Mental hospitals Bombay report 1921-28 - 1921-1928
Year: 1921
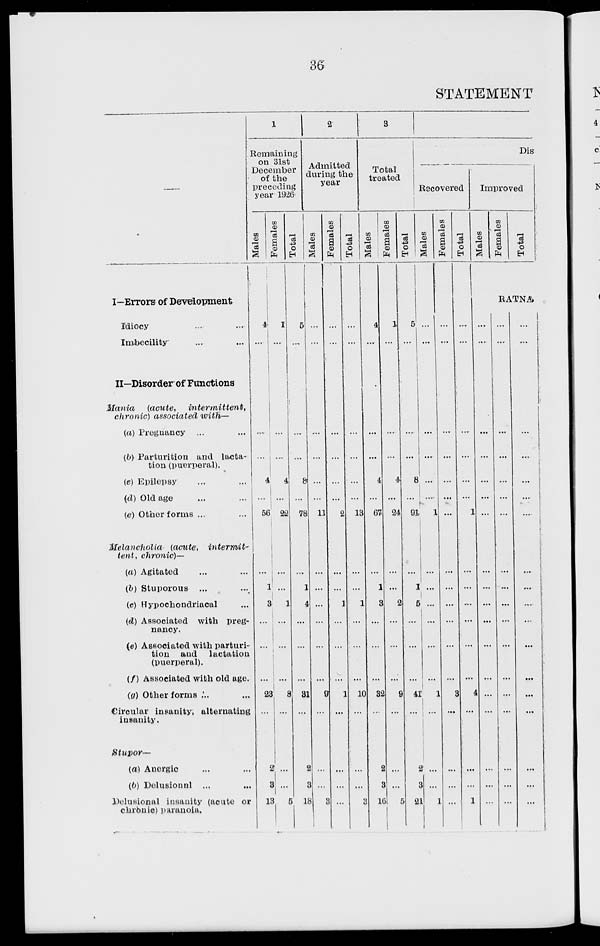
36
STATEMENT
—
I—Errors of Development
Idiocy ... ...
Imbecility ... ...
II—Disorder of Functions
Mania
(acute,
intermittent,
chronic) associated with—
(a) Pregnancy ... ...
(b) Parturition and lacta-
tion (puerperal).
(e) Epilepsy ... ...
(d) Old age ... ...
(e) Other forms ... ...
Melancholia (acute, intermit-
tent, chronic)—
(a) Agitated ... ...
(b) Stuporous ... ...
(e) Hypochondriacal ...
(d) Associated with preg-
nancy.
(e) Associated with parturi-
tion and lactation
(puerperal).
(f) Associated with old age.
(g) Other forms ... ...
Circular insanity, alternating
insanity.
Stupor—
(a) Anergic ... ...
(b) Delusional
...
...
Delusional insanity (acute or
chronic) paranoia.
1
Remaining
on 31st
December
of the
preceding
year 1926
Males
4
...
...
...
4
...
56
...
1
3
...
...
...
23
...
2
3
13
Females
1
...
...
...
4
...
22
...
...
1
...
...
...
8
...
...
...
5
Total
5
...
...
...
8
...
78
...
1
4
...
...
...
31
...
2
3
18
2
Admitted
during the
year
Males
...
...
...
...
...
...
11
...
...
...
...
...
...
9
...
...
...
3
Females
...
...
...
...
...
...
2
...
...
1
...
...
...
1
...
...
...
...
Total
...
...
...
...
...
...
13
...
...
1
...
...
...
10
...
...
...
3
3
Total
treated
Males
4
...
...
...
4
...
67
...
1
3
...
...
...
32
...
2
3
16
Females
1
...
...
...
4
...
24
...
...
2
...
...
...
9
...
...
...
5
Total
5
...
...
...
8
...
91
...
1
5
...
...
...
41
...
2
3
21
Dis
Recovered
Males
...
...
...
...
...
...
1
...
...
...
...
...
...
1
...
...
...
1
Females
...
...
...
...
...
...
...
...
...
...
...
...
...
3
...
...
...
...
Total
...
...
...
...
...
...
1
...
...
...
...
...
...
1
...
...
...
1
Improved
Males
Femlaes
Total
RATNA
...
...
...
...
...
...
...
...
...
...
...
...
...
4
...
...
...
...
...
...
...
...
...
...
...
...
...
...
...
...
...
...
...
...
...
...
...
...
...
...
...
...
...
...
...
...
...
...
...
...
...
...
...
...